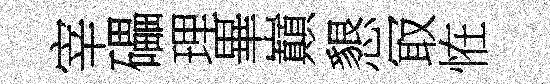
宰礧理畢巔懇冣恠